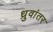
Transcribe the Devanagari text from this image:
ध्रुवांतर